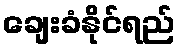
ချေးခံနိုင်ရည်